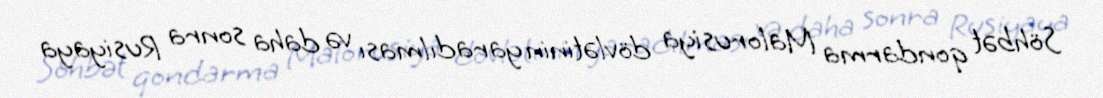
Söhbət qondarma Malorusiya dövlətinin yaradılması və daha sonra Rusiyaya